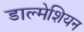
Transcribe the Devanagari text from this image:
डाल्मेशियन